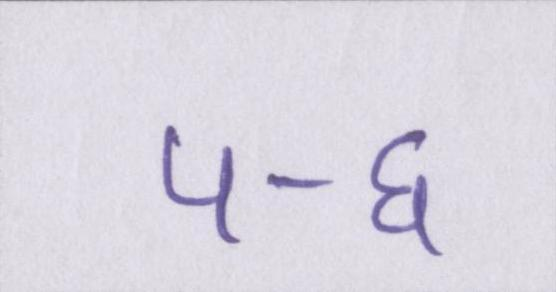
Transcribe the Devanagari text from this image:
५-६